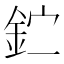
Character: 𰼣